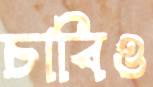
চাবিও